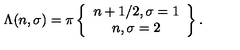
\Lambda ( n , \sigma ) = \pi \left\{ \begin{array} { c } { n + 1 / 2 , \sigma = 1 } \\ { n , \sigma = 2 } \\ \end{array} \right\} .